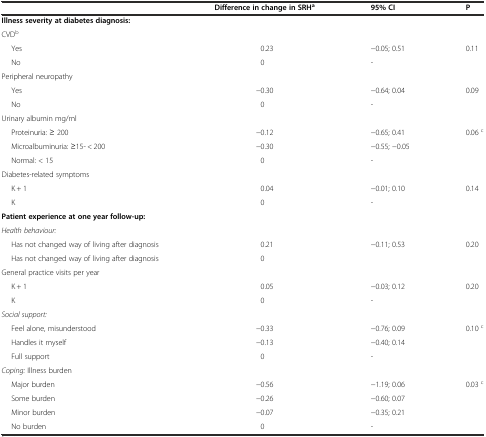
<table><thead><tr><td></td><td><b>Difference in change in SRH<sup>a</sup></b></td><td><b>95% CI</b></td><td><b>P</b></td></tr></thead><tbody><tr><td><b>Illness severity at diabetes diagnosis:</b></td><td></td><td></td><td></td></tr><tr><td>CVD<sup>b</sup></td><td></td><td></td><td></td></tr><tr><td>Yes</td><td>0.23</td><td>−0.05; 0.51</td><td rowspan="2">0.11</td></tr><tr><td>No</td><td>0</td><td>-</td></tr><tr><td>Peripheral neuropathy</td><td></td><td></td><td></td></tr><tr><td>Yes</td><td>−0.30</td><td>−0.64; 0.04</td><td rowspan="2">0.09</td></tr><tr><td>No</td><td>0</td><td>-</td></tr><tr><td>Urinary albumin mg/ml</td><td></td><td></td><td></td></tr><tr><td>Proteinuria: ≥ 200</td><td>−0.12</td><td>−0.65; 0.41</td><td rowspan="3">0.06 <sup>c</sup></td></tr><tr><td>Microalbuminuria: ≥15- &lt; 200</td><td>−0.30</td><td>−0.55; −0.05</td></tr><tr><td>Normal: &lt; 15</td><td>0</td><td>-</td></tr><tr><td>Diabetes-related symptoms</td><td></td><td></td><td></td></tr><tr><td>K + 1</td><td>0.04</td><td>−0.01; 0.10</td><td rowspan="2">0.14</td></tr><tr><td>K</td><td>0</td><td>-</td></tr><tr><td><b>Patient experience at one year follow-up:</b></td><td></td><td></td><td></td></tr><tr><td><i>Health behaviour:</i></td><td></td><td></td><td></td></tr><tr><td>Has not changed way of living after diagnosis</td><td>0.21</td><td rowspan="2">−0.11; 0.53</td><td rowspan="2">0.20</td></tr><tr><td>Has not changed way of living after diagnosis</td><td>0</td></tr><tr><td>General practice visits per year</td><td></td><td></td><td></td></tr><tr><td>K + 1</td><td>0.05</td><td>−0.03; 0.12</td><td rowspan="2">0.20</td></tr><tr><td>K</td><td>0</td><td>-</td></tr><tr><td><i>Social support:</i></td><td></td><td></td><td></td></tr><tr><td>Feel alone, misunderstood</td><td>−0.33</td><td>−0.76; 0.09</td><td rowspan="3">0.10 <sup>c</sup></td></tr><tr><td>Handles it myself</td><td>−0.13</td><td>−0.40; 0.14</td></tr><tr><td>Full support</td><td>0</td><td>-</td></tr><tr><td><i>Coping:</i> Illness burden</td><td></td><td></td><td></td></tr><tr><td>Major burden</td><td>−0.56</td><td>−1.19; 0.06</td><td rowspan="4">0.03 <sup>c</sup></td></tr><tr><td>Some burden</td><td>−0.26</td><td>−0.60; 0.07</td></tr><tr><td>Minor burden</td><td>−0.07</td><td>−0.35; 0.21</td></tr><tr><td>No burden</td><td>0</td><td>-</td></tr></tbody></table>